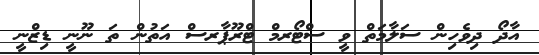
އާދޯ ދިވެހިން ސަލާމަތް ވީ ސްޓޯރމް ޓްރޫޕާރސް އަތުން ތަ ނޫނީ ޑިޒްނީ